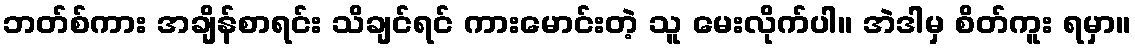
ဘတ်စ်ကား အချိန်စာရင်း သိချင်ရင် ကားမောင်းတဲ့ သူ မေးလိုက်ပါ။ အဲဒါမှ စိတ်ကူး ရမှာ။